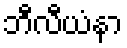
ဘီလီယံနာ